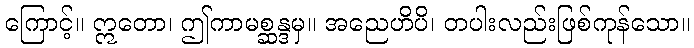
ကြောင့်။ ဣတော၊ ဤကာမစ္ဆန္ဒမှ။ အညေဟိပိ၊ တပါးလည်းဖြစ်ကုန်သော။